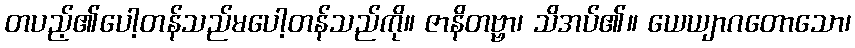
တပည့်၏ပေါ့တန်သည်မပေါ့တန်သည်ကို။ ဇာနိတဗ္ဗာ၊ သိအပ်၏။ ယေယျာဂတောသော၊